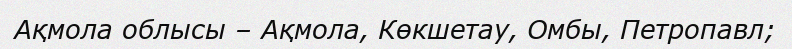
Ақмола облысы – Ақмола, Көкшетау, Омбы, Петропавл;